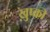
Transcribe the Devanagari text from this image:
ख़ुष्की